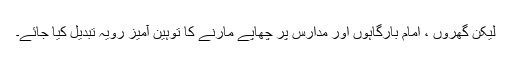
لیکن گھروں ، امام بارگاہوں اور مدارس پر چھاپے مارنے کا توہین آمیز رویہ تبدیل کیا جائے۔